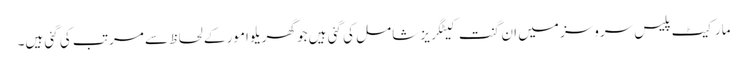
مارکیٹ پلیس سروسز میں ان گنت کیٹگریز شامل کی گئی ہیں جو گھریلو امور کے لحاظ سے مرتب کی گئی ہیں۔